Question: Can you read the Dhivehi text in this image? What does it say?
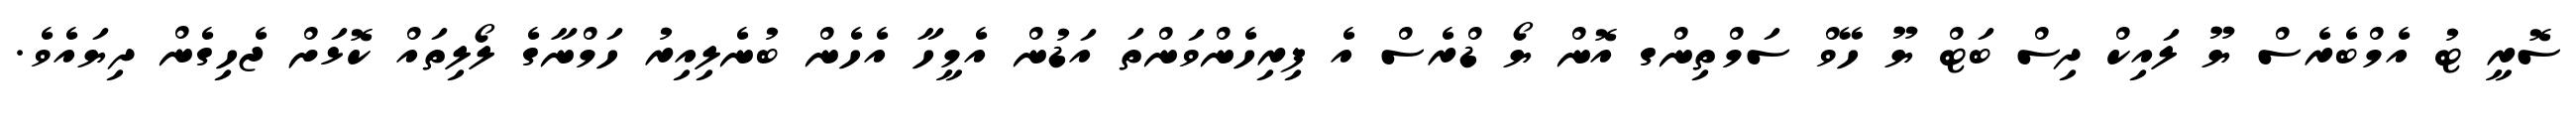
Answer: ސޮރީ ޓު އެމްބެރެސް ޔޫ ލައިކް ދިސް ބަޓް ޔޫ ހޭވް ސަމްތިންގ އޮން ޔޯ ޑްރެސް އެ ފިރިހެންވަންތަ އަޑުން އެމީހާ އެހެން ބުނެލިއިރު ހަމްނާގެ ލޯލިތައް ކޮޅަށް ޖެހިގެން ދިޔައެވެ.